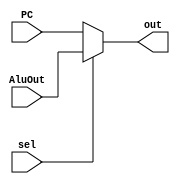
// configurar de acordo, ele t 4 pra 1 por enquanto, vou deixar 32 bits pq  o tamanho do registrador
module MUXIorD (
    input wire [0:0] sel,
    input wire [31:0] PC,
    input wire [31:0] AluOut,
    output wire [31:0] out
);

    assign out =(sel == 0)? PC :
                (sel == 1)? AluOut :
                32'b00000000000000000000000000000000;

endmodule